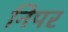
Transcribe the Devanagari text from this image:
निपर